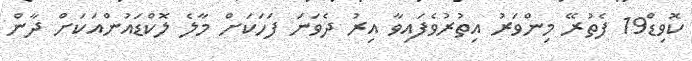
ކޮވިޑް19 ފެތުރޭ މިންވަރު އިތުރުވެފައިވާ އިރު ދެވަނަ ފަހަކަށް މާލެ ލޮކްޑައުންއަކަށް ދާން